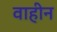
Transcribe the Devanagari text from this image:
वाहीन